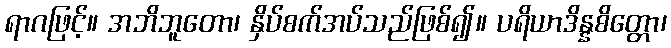
ရာဂဖြင့်။ အဘိဘူတော၊ နှိပ်စက်အပ်သည်ဖြစ်၍။ ပရိယာဒိန္နစိတ္တော၊